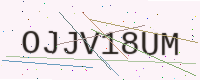
Text: OJJV18UM